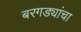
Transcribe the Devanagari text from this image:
बरगड्यांचा